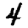
Digit: 4